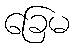
ခြေမ